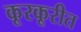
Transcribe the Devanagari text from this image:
कूरकूरीत